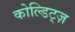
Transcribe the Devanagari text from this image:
कोल्डिट्ज़